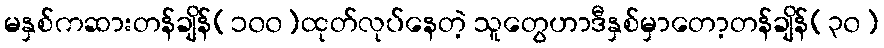
မနှစ်ကဆားတန်ချိန်(၁၀၀)ထုတ်လုပ်နေတဲ့ သူတွေဟာဒီနှစ်မှာတော့တန်ချိန်(၃၀)